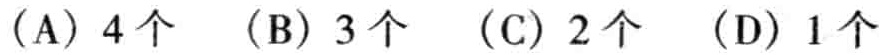
(A) 4个  (B) 3个  (C) 2个  (D) 1个